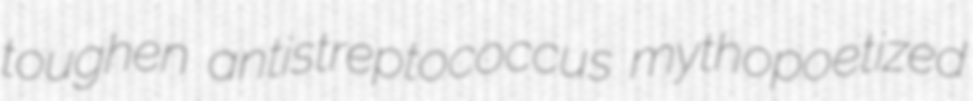
toughen antistreptococcus mythopoetized